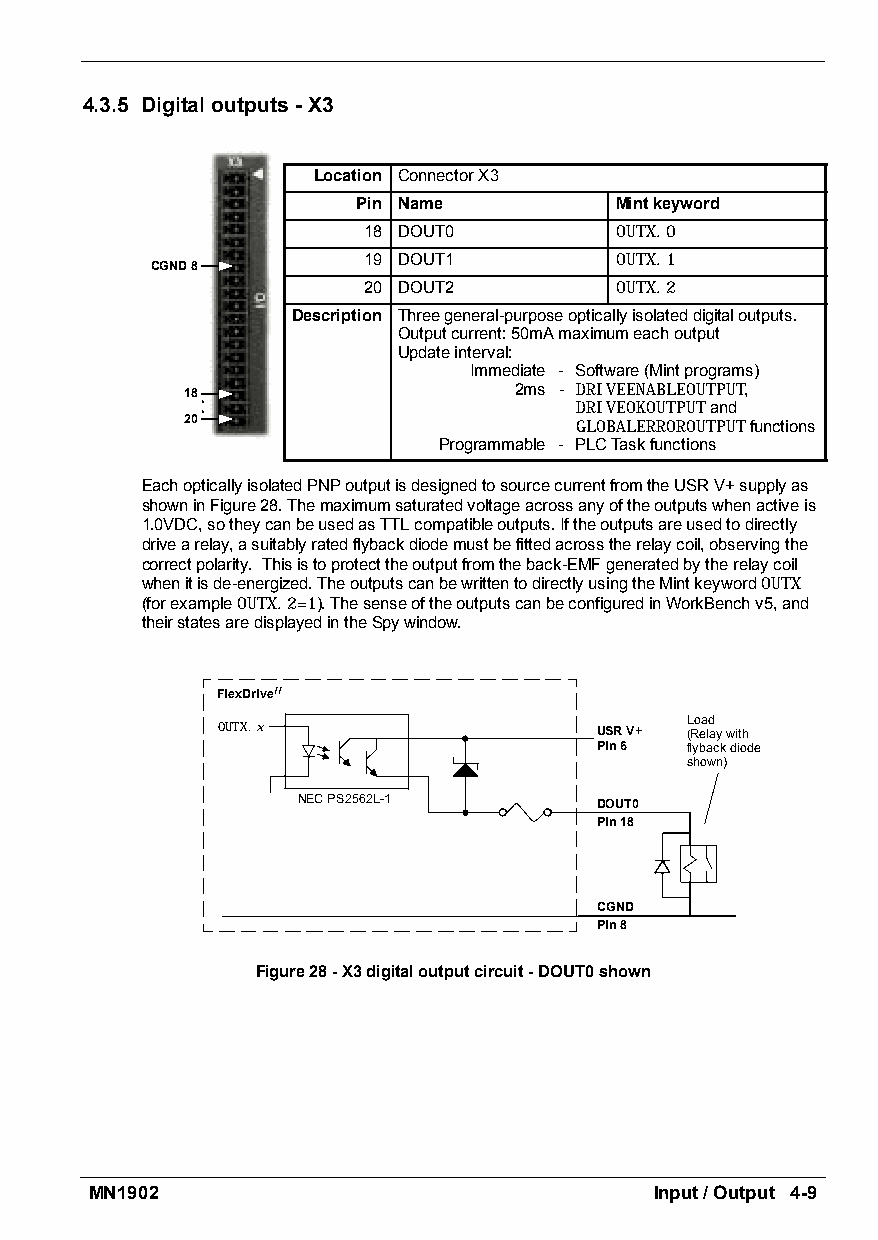
4.3.5 Digitaloutputs-X3
 Location ConnectorX3
 Pin Name         Mintkeyword
 18 DOUT0         OUTX.0
 19 DOUT1         OUTX.1
 CGND8
 20 DOUT2         OUTX.2
 Description Threegeneral-purposeopticallyisolateddigitaloutputs.
 Outputcurrent:50mAmaximumeachoutput
 Updateinterval:
 Immediate - Software(Mintprograms)
 18                    2ms - DRIVEENABLEOUTPUT,
 DRIVEOKOUTPUTand
 20                        GLOBALERROROUTPUTfunctions
 Programmable - PLCTaskfunctions
 EachopticallyisolatedPNPoutputisdesignedtosourcecurrentfromtheUSRV+supplyas
 showninFigure28.Themaximumsaturatedvoltageacrossanyoftheoutputswhenactiveis
 1.0VDC,sotheycanbeusedasTTLcompatibleoutputs.Iftheoutputsareusedtodirectly
 drivearelay,asuitablyratedflybackdiodemustbefittedacrosstherelaycoil,observingthe
 correctpolarity. Thisistoprotecttheoutputfromtheback-EMFgeneratedbytherelaycoil
 whenitisde-energized.TheoutputscanbewrittentodirectlyusingtheMintkeywordOUTX
 (forexampleOUTX.2=1).ThesenseoftheoutputscanbeconfiguredinWorkBenchv5,and
 theirstatesaredisplayedintheSpywindow.
 FlexDriveII
 Load
 OUTX.x                   USRV+ (Relaywith
 Pin6  flybackdiode
 shown)
 NECPS2562L-1       DOUT0
 Pin18
 CGND
 Pin8
 Figure28-X3digitaloutputcircuit-DOUT0shown
 MN1902                               Input/Output 4-9